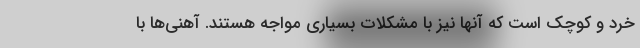
خرد و کوچک است که آنها نیز با مشکلات بسیاری مواجه هستند. آهنی‌ها با